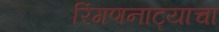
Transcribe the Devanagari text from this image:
रिंगणनाट्याचा